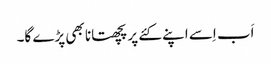
اَب اِسے اپنے کئے پر پچھتانا بھی پڑے گا۔